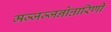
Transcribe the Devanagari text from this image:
मज्जज्जनोत्तारिणी